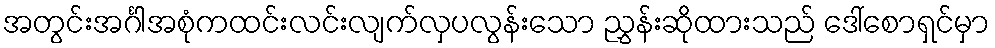
အတွင်းအင်္ဂါအစုံကထင်းလင်းလျက်လှပလွန်းသော ညွှန်းဆိုထားသည် ဒေါ်စောရှင်မှာ